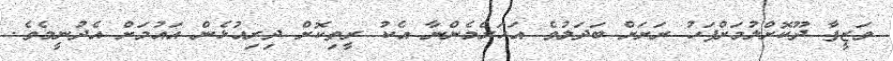
ވަޒީފާ ދޫކޮށްލުމަށްފަހު ރަށަށް ބަދަލުވެ އަހަރެމެންނާ އެކު ރީތިކޮށް ދިރިއުޅެން އައުމަށް އެދުނީމެވެ.